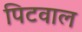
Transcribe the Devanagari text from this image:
पिटवाल